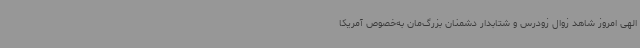
الهی امروز شاهد زوال زودرس و شتابدار دشمنان بزرگ‌مان به‌خصوص آمریکا